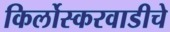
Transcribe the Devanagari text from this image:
किर्लोस्करवाडीचे